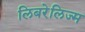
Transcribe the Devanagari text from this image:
लिबरेलिज्म